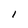
Character: l